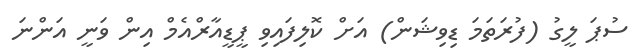
ސުޕަ ލީގު (ފުރަތަމަ ޑިވިޝަން) އަށް ކޮލިފައިވި ޕީޑީއާރްއެމް އިން ވަނީ އަންނަ